Leningradi_Edasi_toimetus, lk 163
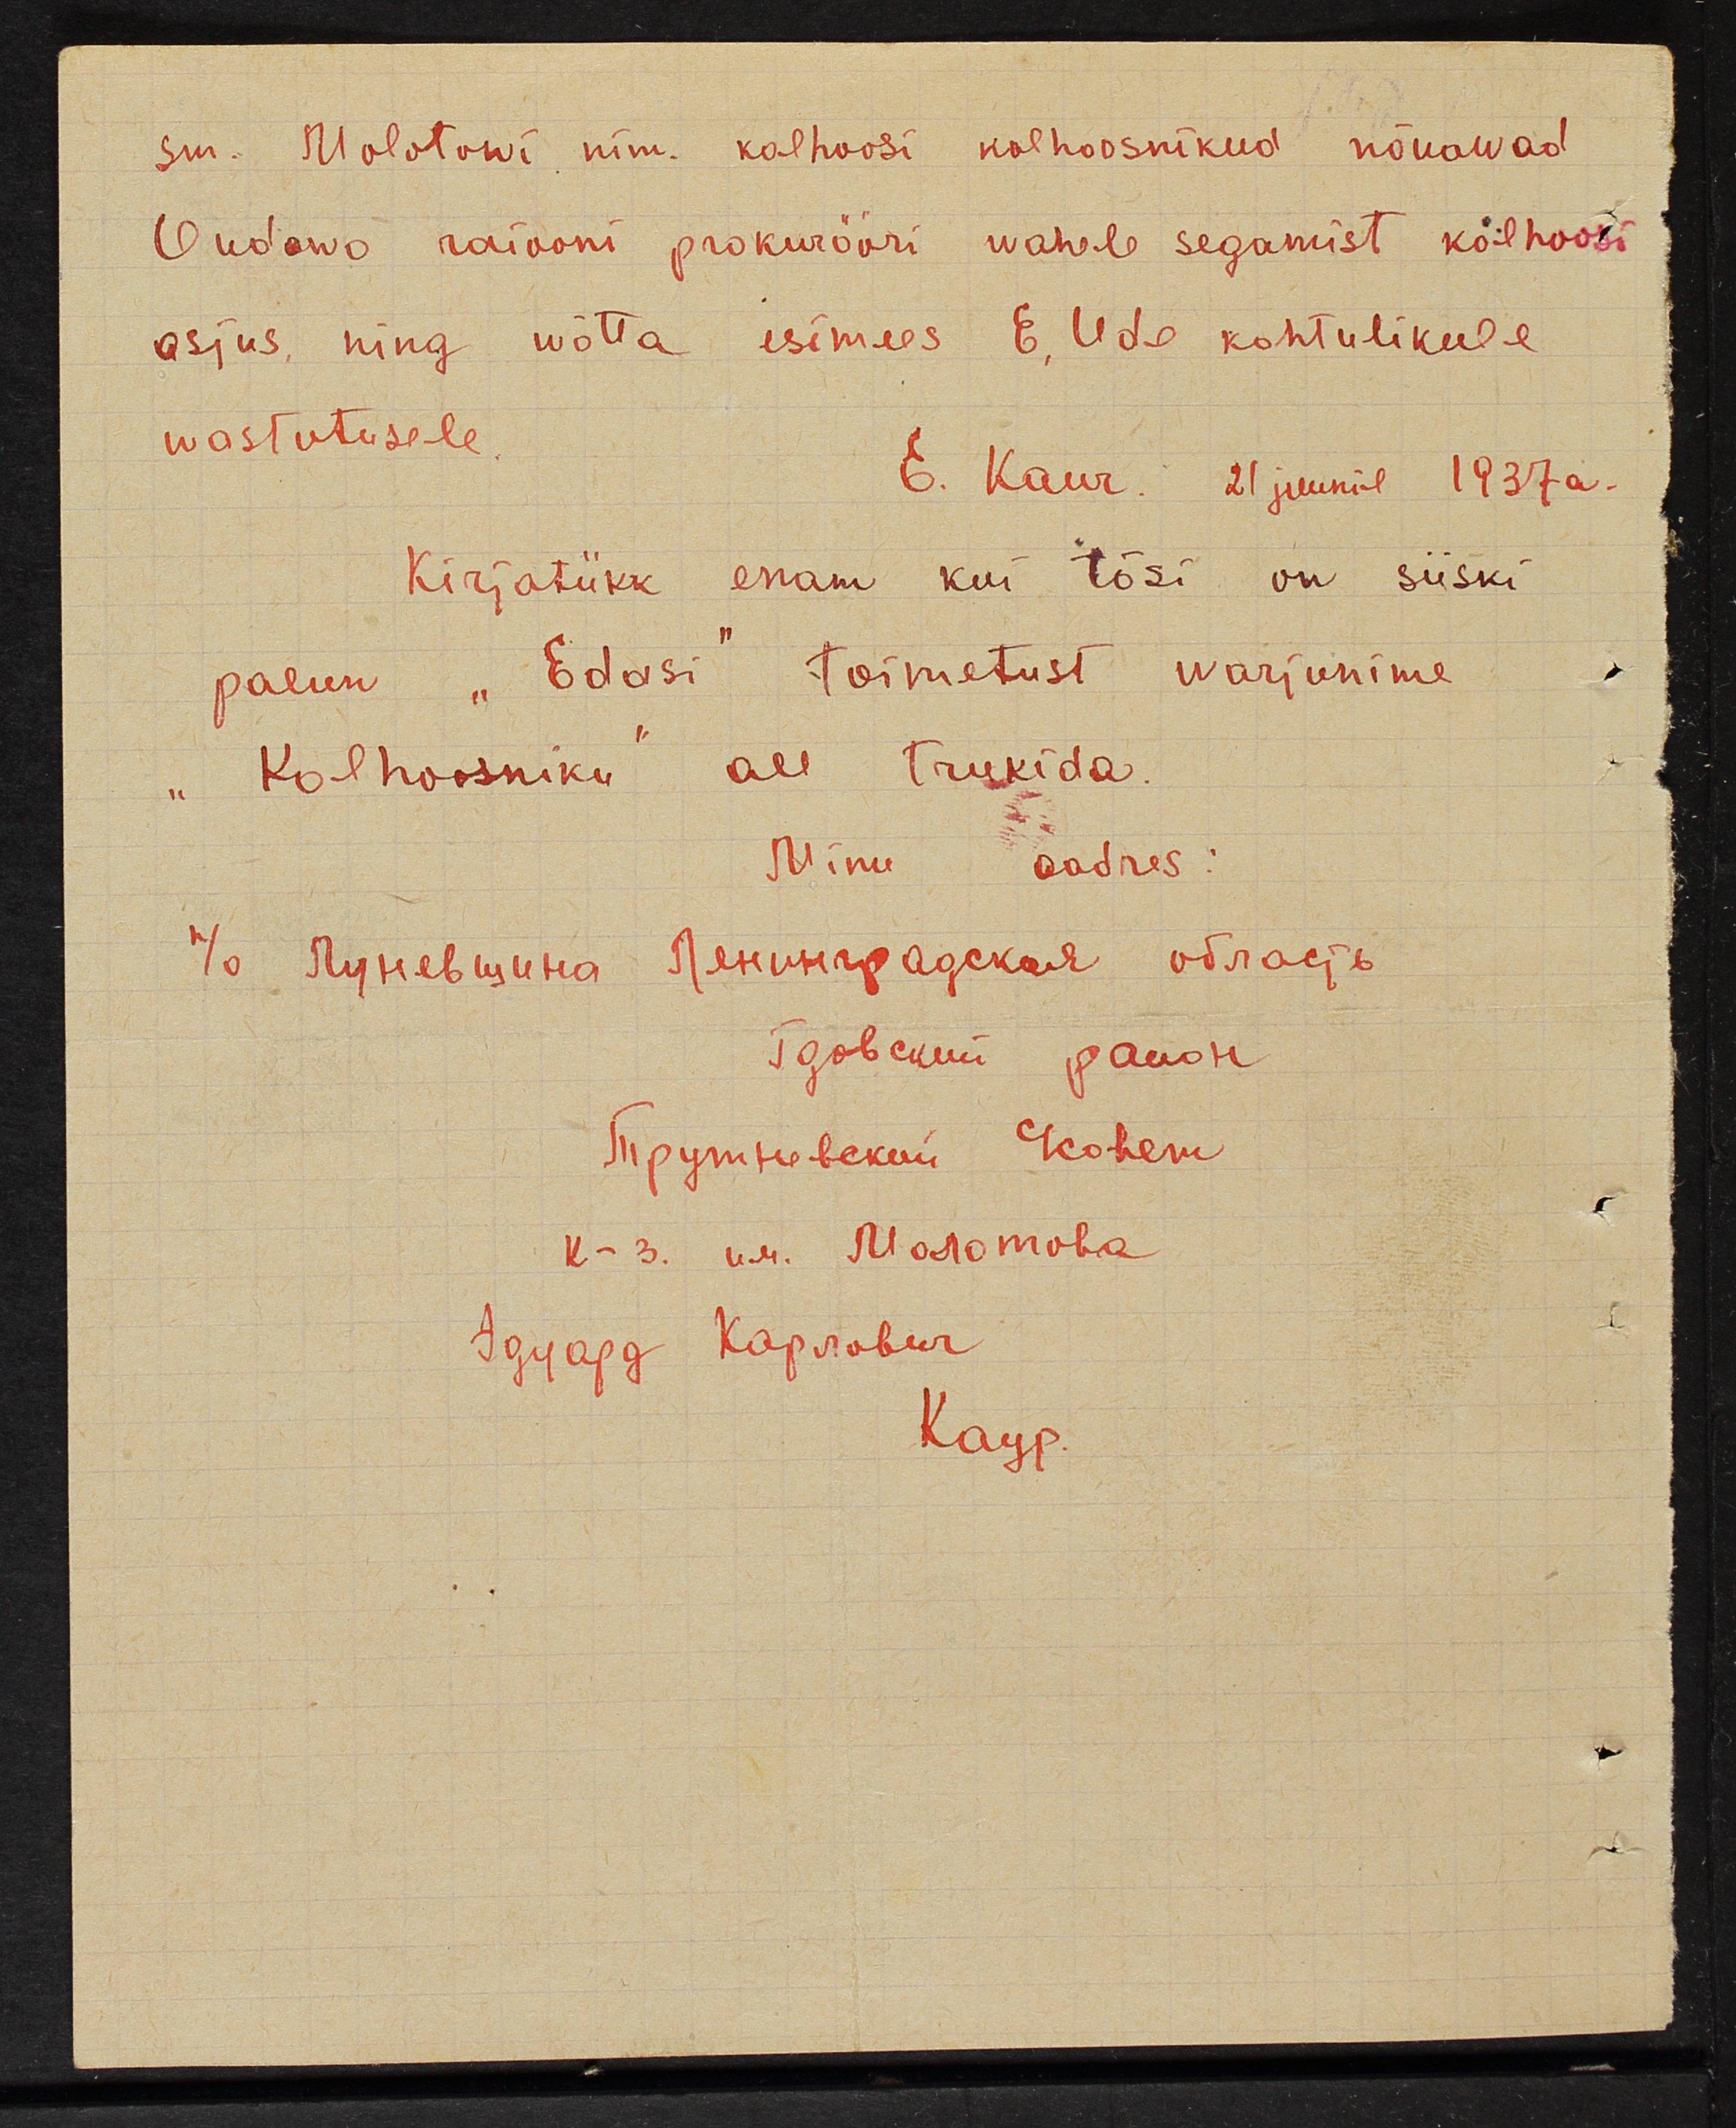
sm. Molotowi nim. Kolhoosi kolhoosnikud nõuawad
Oudovo raiooni prokurööri wahele segamist kolhoosi
asjus ning wõtta esimees E. Ude kohtulikule
wastutusele
E. Kaur. 21 juunil 1937a.
Kirjatükk enam kui tõsi on siiski
palun "Edasi" toimetust warjunime
"Kolhoosniku" all trukida.
Minu aadres